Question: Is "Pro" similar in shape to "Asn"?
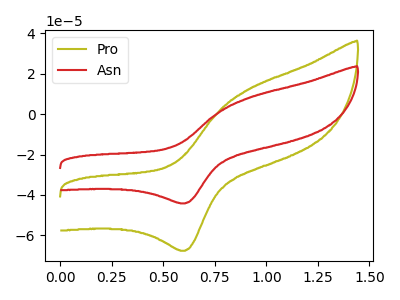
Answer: <think>The olive curve "Pro" has an anodic peak at (0.90V, 12.10uA) and a cathodic peak at (0.60V, -67.70uA). The red curve "Asn" has an anodic peak at (0.90V, 7.90uA) and a cathodic peak at (0.60V, -44.20uA).
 All the peaks in "Pro" have a peak in "Asn" at the same potential. Every peak in "Pro" is higher than every peak in "Asn".</think>
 <answer>"Pro" and "Asn" are similar in shape.</answer>
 <eval>same_shape</eval>